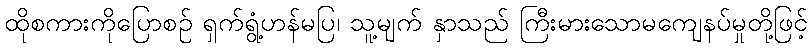
ထိုစကားကိုပြောစဉ် ရှက်ရွံ့ဟန်မပြ၊ သူ့မျက် နှာသည် ကြီးမားသောမကျေနပ်မှုတို့ဖြင့်